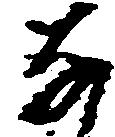
な